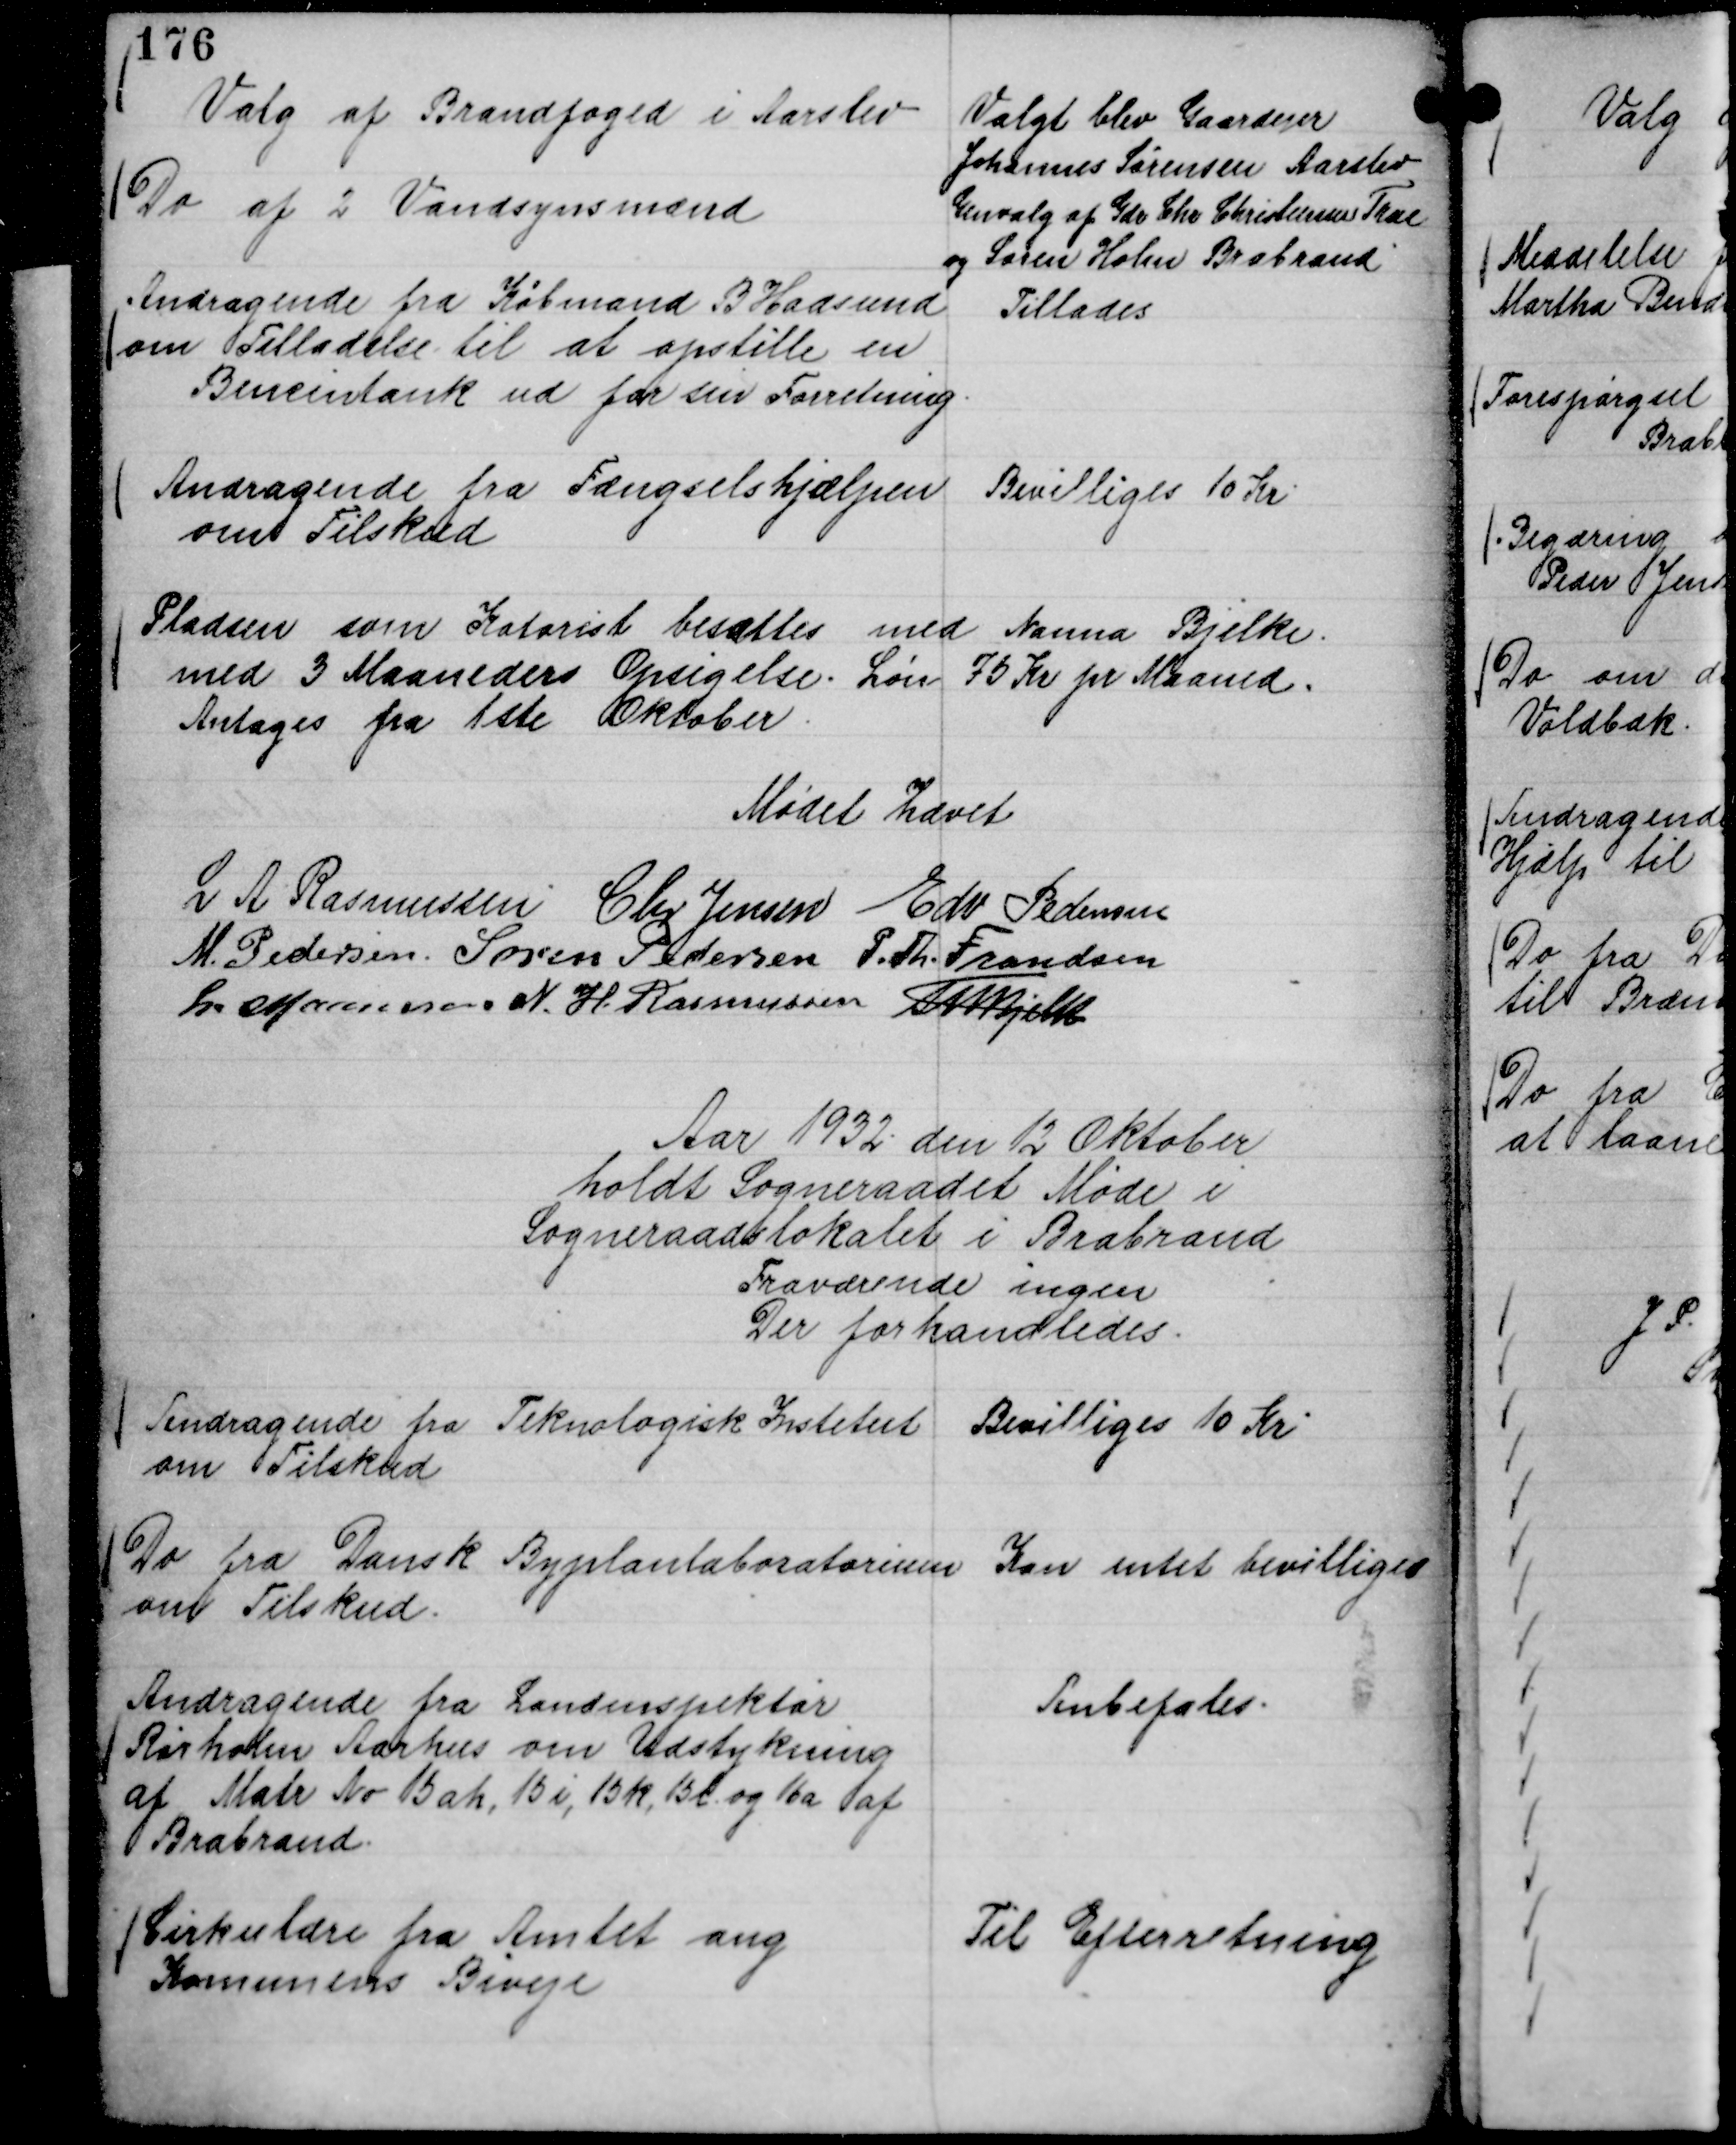
Transskription:
Valg af Brandfoged i Aarslev

Valgt blev Gaardejer
Johannes Sørensen Aarslev

Do af 2 Vandsynsmænd

Genvalg af Gdr Chr Christensen True
og Søren Holm Brabrand

Andragende fra Købmand B Hadsund
om Tilladelse til at opstille en
Bencintank ud for sin Forretning.

Tillades

Andragende fra Fængselshjælpen
om Tilskud

Bevilliges 10 Kr

Pladsen som Katorist besættes med Nanna Bjelke.
med 3 Maaneders Opsigelse. Løn 75 Kr pr Maaned.
Antages fra 1ste Oktober.

Mødet hævet
L A Rasmussen
Chr Jensen
Edv Pedersen
M. Pedersen.
Søren Pedersen
P. Th. Frandsen
L. Maansson
N. H. Rasmussen
Th Bjelke

Aar 1932. den 12 Oktober
holdt Sogneraadet Møde i
Sogneraadslokalet i Brabrand
Fraværende ingen
Der forhandledes.

Andragende fra Teknologisk Institut
om Tilskud

Bevilliges 10 Kr

Do fra Dansk Byplanlaboratorium
om Tilskud.

Kan intet bevilliges

Andragende fra Landinspektør
Rørholm Aarhus om Udstykning
af Matr No 15 ah, 15 i, 15 k, 15 l. og 16 a af
Brabrand.

Anbefales.

Cirkulære fra Amtet ang
Komunens Biveje

Til Efterretning